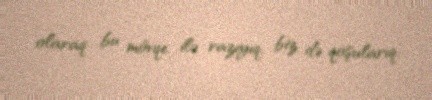
olaraq bu mövqe ilə razıyıq, biz də qoşularıq.